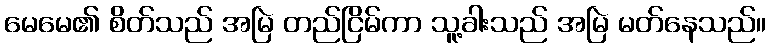
မေမေ၏ စိတ်သည် အမြဲ တည်ငြိမ်ကာ သူ့ခါးသည် အမြဲ မတ်နေသည်။